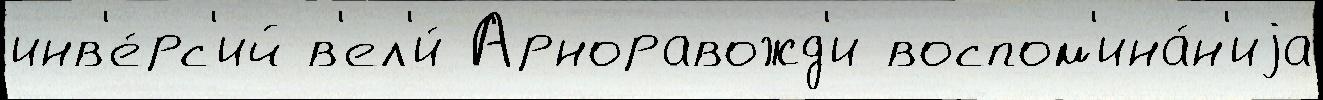
инв'е́рс'ий в'ел'и́ Арноравожд'и воспом'ина́н'иjа